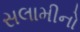
સલામીનો